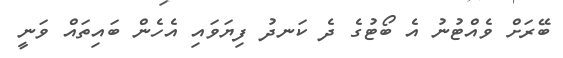
ބޭރަށް ވެއްޓުނު އެ ބޯޓުގެ ދެ ކަނދު ފިޔަވައި އެހެން ބައިތައް ވަނީ